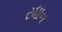
રધાન